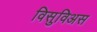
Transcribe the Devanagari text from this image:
विसुविअस